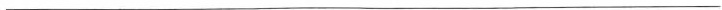
___